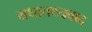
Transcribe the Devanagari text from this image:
यथातथ्यवाद